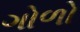
ગોળો